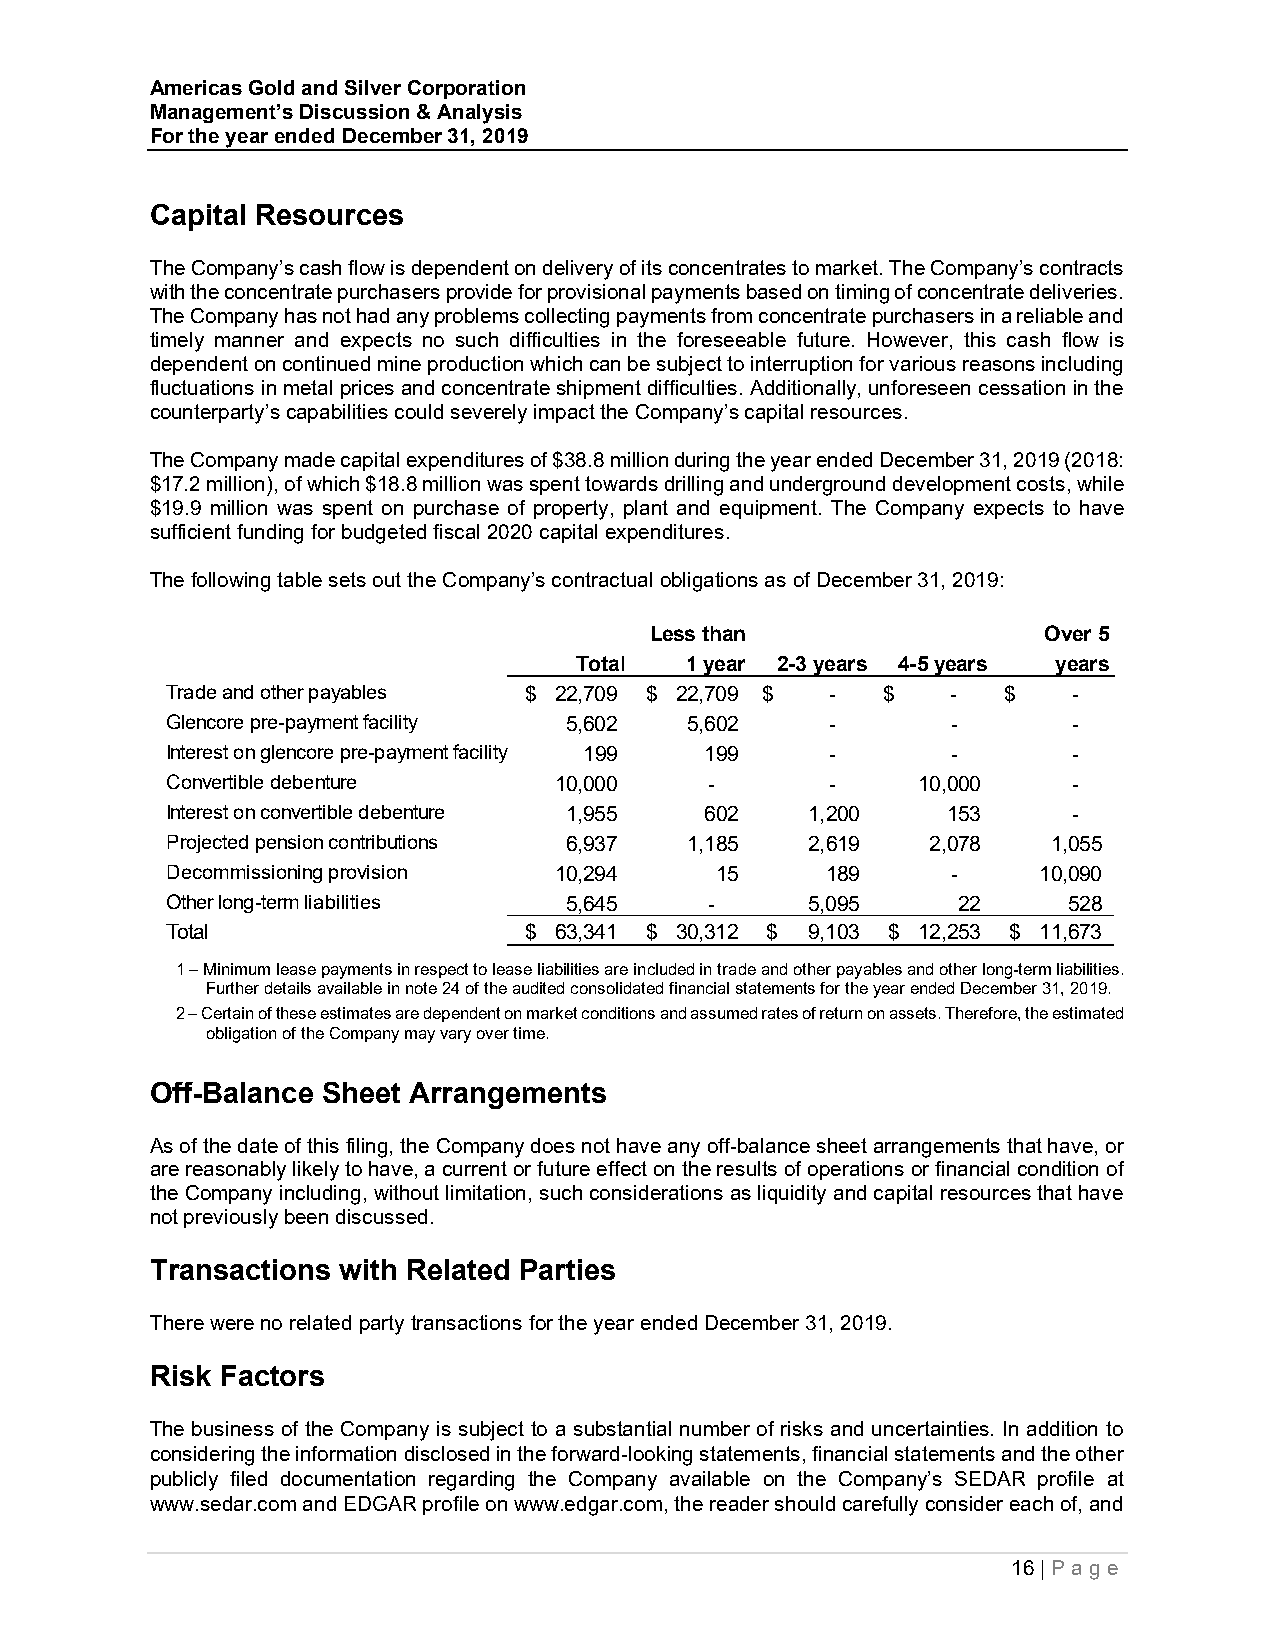
Americas Gold and Silver Corporation
 Management’s Discussion & Analysis
 For the year ended December 31, 2019
 Capital Resources
 The Company’s cash flow is dependent on delivery of its concentrates to market. The Company’s contracts
 with the concentrate purchasers provide for provisional payments based on timing of concentrate deliveries.
 The Company has not had any problems collecting payments from concentrate purchasers in a reliable and
 timely manner and expects no such difficulties in the foreseeable future. However, this cash flow is
 dependent on continued mine production which can be subject to interruption for various reasons including
 fluctuations in metal prices and concentrate shipment difficulties. Additionally, unforeseen cessation in the
 counterparty’s capabilities could severely impact the Company’s capital resources.
 The Company made capital expenditures of $38.8 million during the year ended December 31, 2019 (2018:
 $17.2 million), of which $18.8 million was spent towards drilling and underground development costs, while
 $19.9 million was spent on purchase of property, plant and equipment. The Company expects to have
 sufficient funding for budgeted fiscal 2020 capital expenditures.
 The following table sets out the Company’s contractual obligations as of December 31, 2019:
 Less than                 Over 5
 Total  1 year 2-3 years 4-5 years years
 Trade and other payables $ 22,709 $ 22,709 $ - $    -  $    -
 Glencore pre-payment facility 5 ,602 5,602  -       -       -
 Interest on glencore pre-payment facility 199 199 - -       -
 Convertible debenture     10,000    -       -     10,000    -
 Interest on convertible debenture 1 ,955 602 1 ,200 153     -
 Projected pension contributions 6 ,937 1,185 2 ,619 2,078  1,055
 Decommissioning provision 10,294    1 5     189     -     10,090
 Other long-term liabilities 5 ,645  -     5,095     22      528
 Total                   $ 63,341 $ 30,312 $ 9,103 $ 12,253 $ 11,673
 1 – Minimum lease payments in respect to lease liabilities are included in trade and other payables and other long-term liabilities.
 Further details available in note 24 of the audited consolidated financial statements for the year ended December 31, 2019.
 2 – Certain of these estimates are dependent on market conditions and assumed rates of return on assets. Therefore, the estimated
 obligation of the Company may vary over time.
 Off-Balance Sheet Arrangements
 As of the date of this filing, the Company does not have any off-balance sheet arrangements that have, or
 are reasonably likely to have, a current or future effect on the results of operations or financial condition of
 the Company including, without limitation, such considerations as liquidity and capital resources that have
 not previously been discussed.
 Transactions with Related Parties
 There were no related party transactions for the year ended December 31, 2019.
 Risk Factors
 The business of the Company is subject to a substantial number of risks and uncertainties. In addition to
 considering the information disclosed in the forward-looking statements, financial statements and the other
 publicly filed documentation regarding the Company available on the Company’s SEDAR profile at
 www.sedar.com and EDGAR profile on www.edgar.com, the reader should carefully consider each of, and
 16 | P ag e